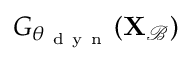
G _ { \theta _ { \mathrm { ~ d ~ y ~ n ~ } } } ( \mathbf { X } _ { \mathcal { B } } )